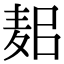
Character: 𪌛